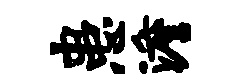
患澹